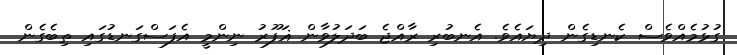
ގުޅުމެއްވެސް ކެނޑިގެން ދިޔައެވެ. އެނބުރި ރާއްޖެ ބަދަލުވާން ޣަފޫރު ނިންމީ އެފަސްގަނޑުގައި ތިބެގެން